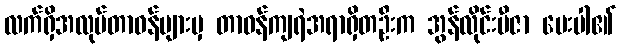
လက်ရှိအလုပ်တာဝန်များမှ တာဝန်ကျရဲအရာရှိတဦးက အွန်လိုင်းဗီဇာ မေးပါ၏